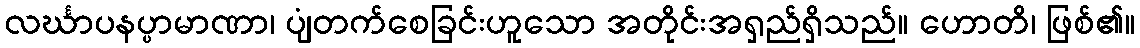
လင်္ဃာပနပ္ပာမာဏာ၊ ပျံတက်စေခြင်းဟူသော အတိုင်းအရှည်ရှိသည်။ ဟောတိ၊ ဖြစ်၏။